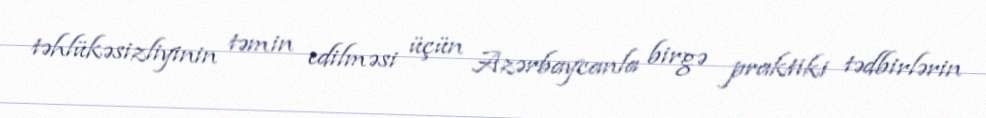
təhlükəsizliyinin təmin edilməsi üçün Azərbaycanla birgə praktiki tədbirlərin